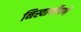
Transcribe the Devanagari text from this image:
निस्वार्थीपणे